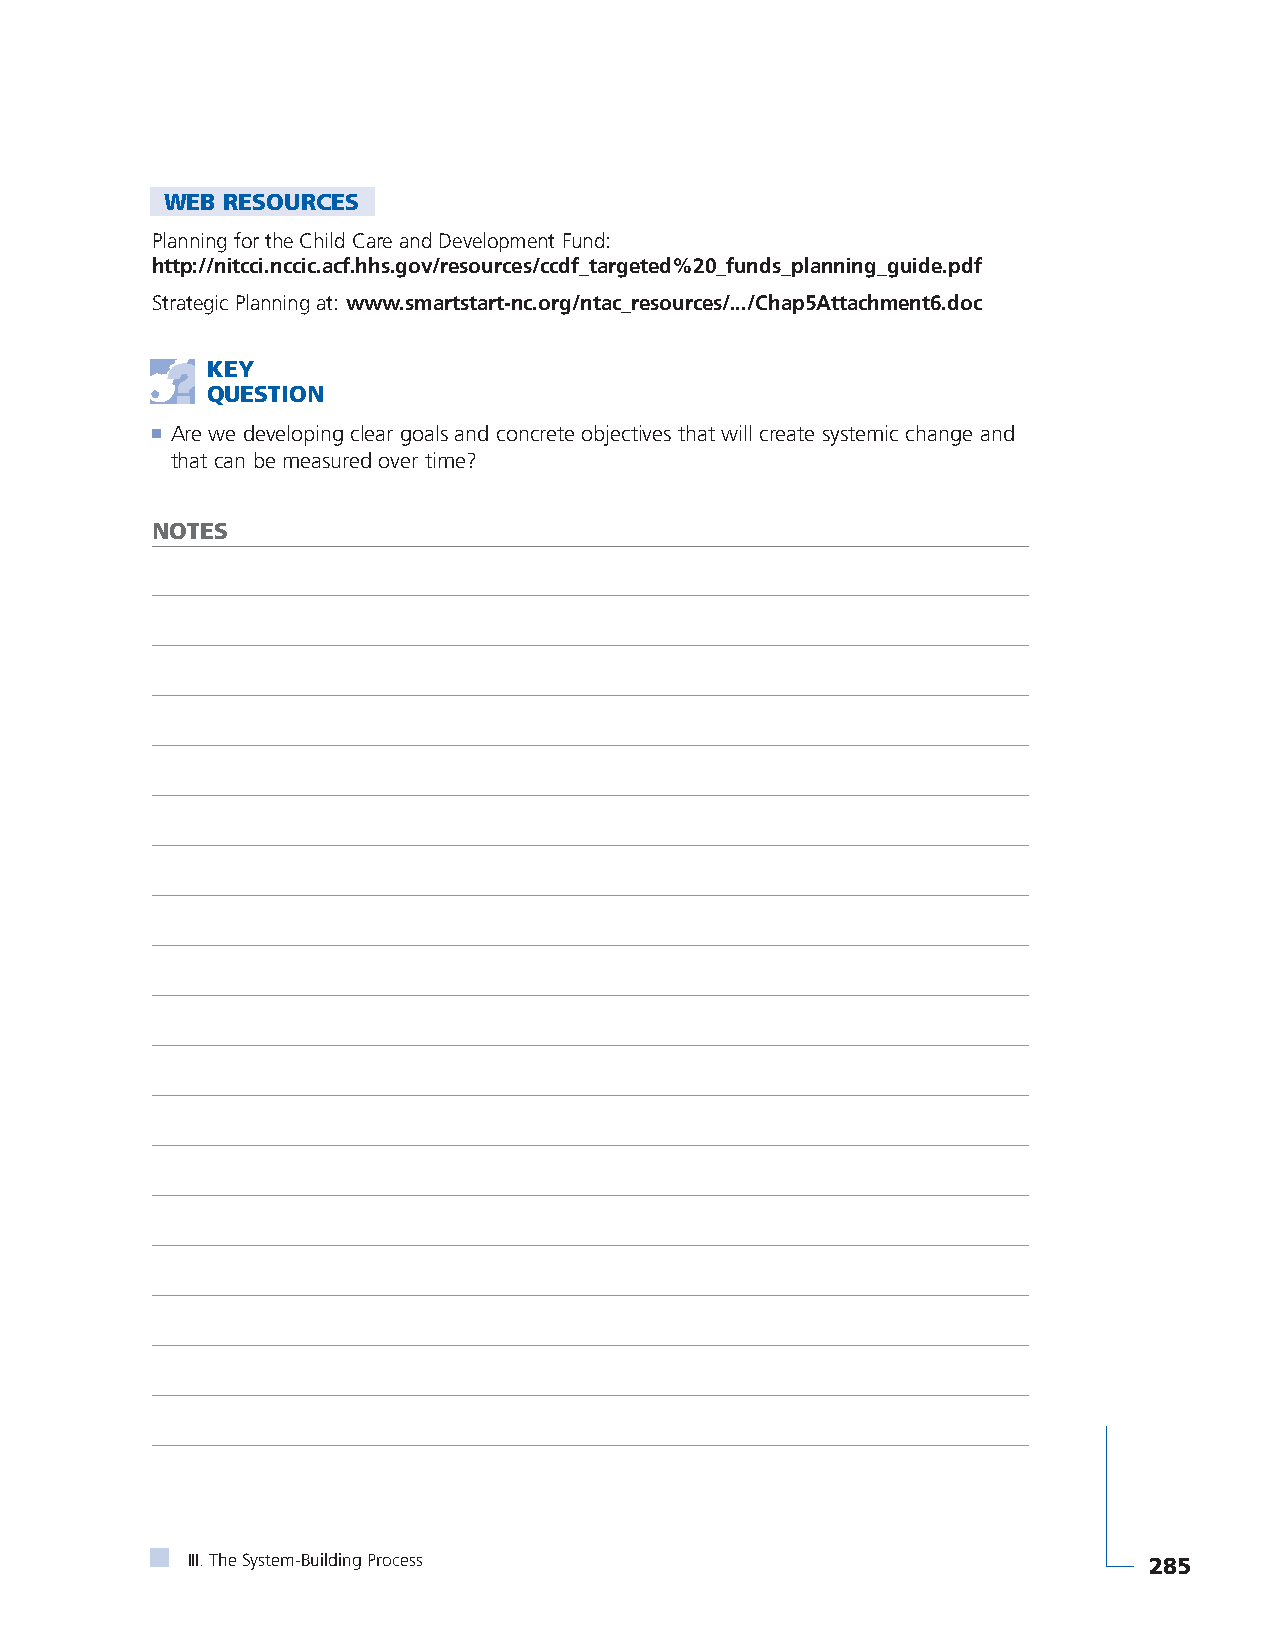
WEB RESOURCES
 Planning for the Child Care and Development Fund:
 http://nitcci.nccic.acf.hhs.gov/resources/ccdf_targeted%20_funds_planning_guide.pdf
 Strategic Planning at: www.smartstart-nc.org/ntac_resources/.../Chap5Attachment6.doc
 KEY
 QUESTION
 ■ Are we developing clear goals and concrete objectives that will create systemic change and
 that can be measured over time?
 NOTES
 III. The System-Building Process                                285